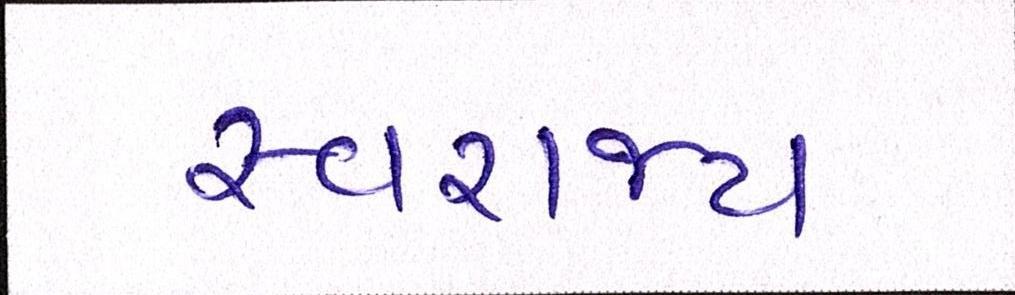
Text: સ્વરાજ્ય